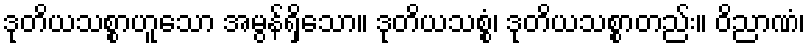
ဒုတိယသစ္စာဟူသော အမွန်ရှိသော။ ဒုတိယသစ္စံ၊ ဒုတိယသစ္စာတည်း။ ဝိညာဏံ၊